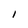
Character: I